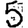
Digit: 5